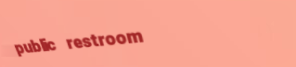
public restroom